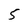
Character: 5